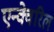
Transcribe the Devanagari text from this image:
एन्क्वेरिल